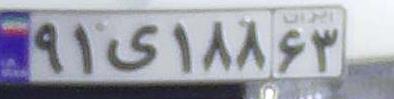
۹۱ی۱۸۸۶۳